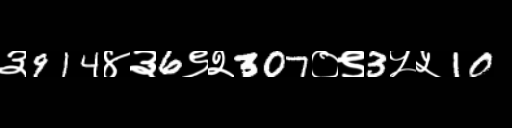
Text: ३914४३6९२307०९3५५10